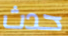
حدث